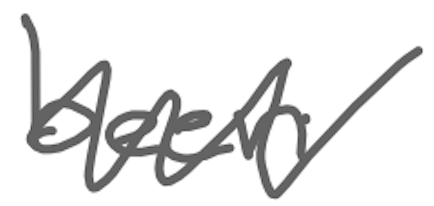
Text: been
Cross-out: zig-zag
Writing tool: digital_gray